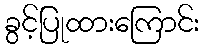
ခွင့်ပြုထားကြောင်း